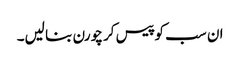
ان سب کو پیس کر چورن بنا لیں۔